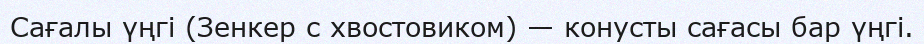
Сағалы үңгі (Зенкер с хвостовиком) — конусты сағасы бар үңгі.